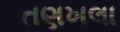
તણખલા